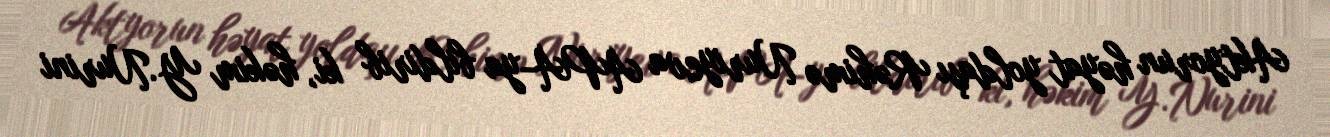
Aktyorun həyat yoldaşı Rəhimə Nuriyeva APA-ya bildirib ki, həkim Y.Nurini